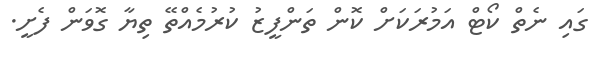
ގައި ނެތް ކޯޓް އަމުރަކަށް ކޮން ތަންފީޒު ކުރުމެއްތޭ ތިޔާ ގޮވަން ފެށީ.